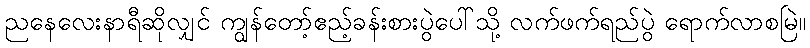
ညနေလေးနာရီဆိုလျှင် ကျွန်တော့်ဧည့်ခန်းစားပွဲပေါ်သို့ လက်ဖက်ရည်ပွဲ ရောက်လာစမြဲ။